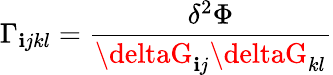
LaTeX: \Gamma_{\mathbf{i}jkl}={\frac{{\delta^{2}\Phi}}{{\deltaG_{\mathbf{i}j}\deltaG_{kl}}}}